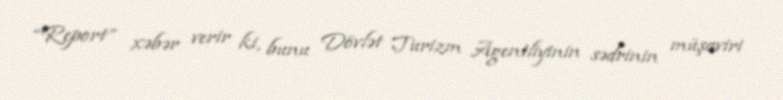
“Report” xəbər verir ki, bunu Dövlət Turizm Agentliyinin sədrinin müşaviri